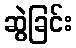
ဆွဲခြင်း